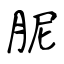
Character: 胒